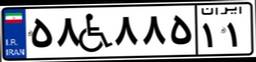
۰۳W۸۳۷۳۰